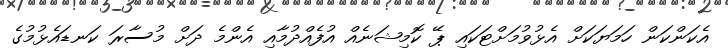
އެކަންކަން ހަމަޔަކަށް އެޅުވުމަށްޓަކައި ޕޭ ކޮމިޝަނެއް އުފެއްދުމާއި އެންމެ ދަށް މުސާރަ ކަނޑައެޅުމުގެ